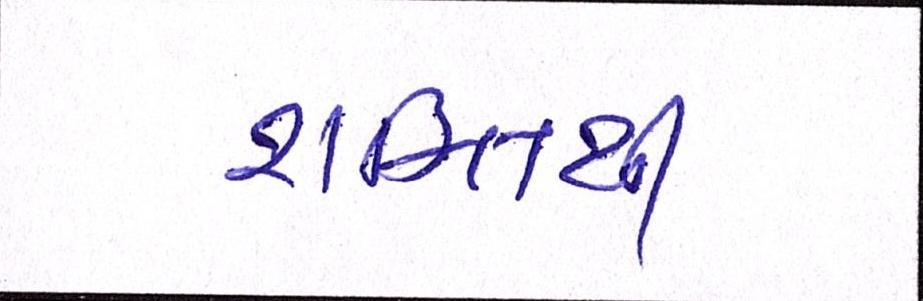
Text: શક્તિથી